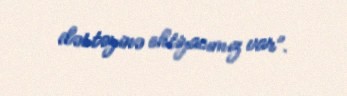
dəstəyinə ehtiyacımız var”.